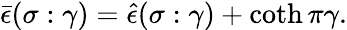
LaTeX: \bar{\epsilon}(\sigma:\gamma)=\hat{\epsilon}(\sigma:\gamma)+\coth\pi\gamma.